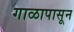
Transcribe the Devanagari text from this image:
गाळापासून